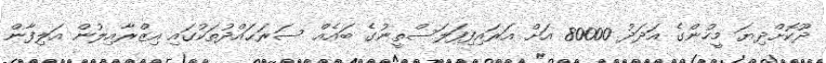
ދޫކޮށްދިޔަ މީހުންގެ އަދަދު 80000 އަށް އަރައިފިފަލަސްތީނުގެ ބައެއް ސަރަޙައްދުތަކުގައި އިޒްރާއިލުން އަލިފާން